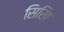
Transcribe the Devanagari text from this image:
सिखि